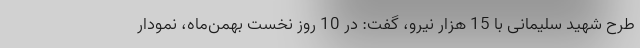
طرح شهید سلیمانی با 15 هزار نیرو، گفت: در 10 روز نخست بهمن‌ماه، نمودار